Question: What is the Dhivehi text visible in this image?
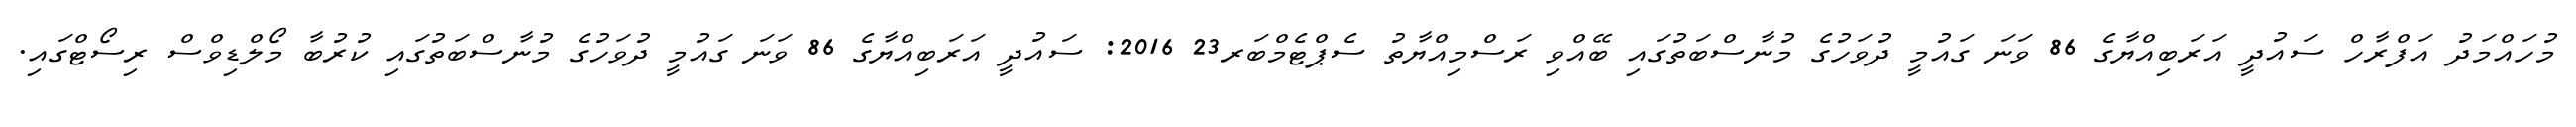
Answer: މުހައްމަދު އަފްރާހް ސައުދީ އަރަބިއްޔާގެ 86 ވަނަ ގައުމީ ދުވަހުގެ މުނާސްބަތުގައި ބޭއްވި ރަސްމިއްޔާތު ސެޕްޓެމްބަރ23 2016: ސައުދީ އަރަބިއްޔާގެ 86 ވަނަ ގައުމީ ދުވަހުގެ މުނާސްބަތުގައި ކުރުބާ މޯލްޑިވްސް ރިސޯޓްގައި.